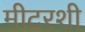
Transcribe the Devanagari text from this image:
मीटरशी